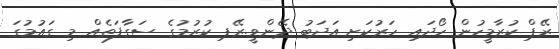
ރޭޕް ކުރާމީހުން ހޯދައި ހަރުކަށި އަދަބު ދޭންވީ.ރޭޕ ކުރުމުގެ ސަގާފަތެއް މި ގައުމުގަ